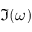
\Im ( \omega )